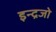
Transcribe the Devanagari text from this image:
इन्द्रजो